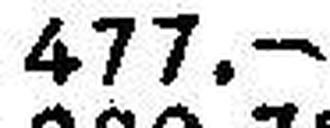
477.—